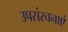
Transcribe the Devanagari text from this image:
उपसंरचनाएं